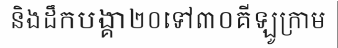
និងដឹកបង្គា២០ទៅ៣០គីឡូក្រាម